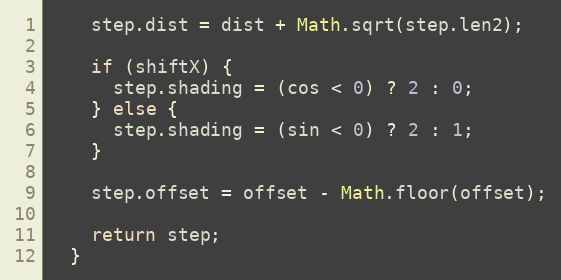
Language: JavaScript
    step.dist = dist + Math.sqrt(step.len2);

    if (shiftX) {
      step.shading = (cos < 0) ? 2 : 0;
    } else {
      step.shading = (sin < 0) ? 2 : 1;
    }

    step.offset = offset - Math.floor(offset);

    return step;
  }